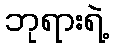
ဘုရားရဲ့